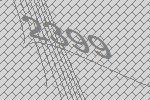
2399